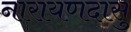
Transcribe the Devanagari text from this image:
नारायणदासु